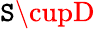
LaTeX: \mathtt{S}\cupD